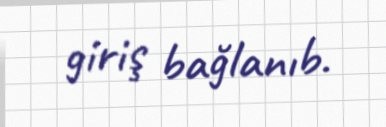
giriş bağlanıb.